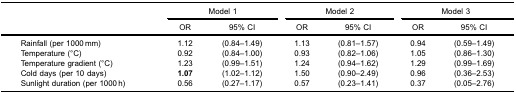
|  | <COLSPAN=2> Model 1 | <COLSPAN=2> Model 2 | <COLSPAN=2> Model 3 |
 |  | OR | 95% CI | OR | 95% CI | OR | 95% CI |
 | --- | --- | --- | --- | --- | --- | --- |
 | Rainfall (per 1000 mm) | 1.12 | (0.84–1.49) | 1.13 | (0.81–1.57) | 0.94 | (0.59–1.49) |
 | Temperature (°C) | 0.92 | (0.84–1.00) | 0.93 | (0.82–1.06) | 1.05 | (0.86–1.30) |
 | Temperature gradient (°C) | 1.23 | (0.99–1.51) | 1.24 | (0.94–1.62) | 1.29 | (0.99–1.69) |
 | Cold days (per 10 days) | 1.07 | (1.02–1.12) | 1.50 | (0.90–2.49) | 0.96 | (0.36–2.53) |
 | Sunlight duration (per 1000 h) | 0.56 | (0.27–1.17) | 0.57 | (0.23–1.41) | 0.37 | (0.05–2.76) |